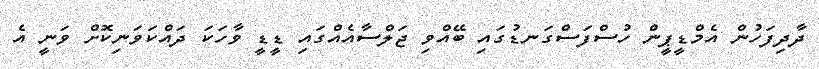
ދާދިފަހުން އެމްޑީޕީން ހުސްފަސްގަނޑުގައި ބޭއްވި ޖަލްސާއެއްގައި ޑީޑީ ވާހަކަ ދައްކަވަނިކޮށް ވަނީ އެ